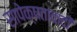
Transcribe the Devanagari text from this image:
सापेक्षतावादी